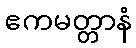
ဧကမတ္တာနံ